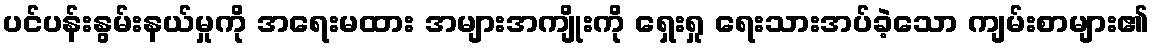
ပင်ပန်းနွမ်းနယ်မှုကို အရေးမထား အများအကျိုးကို ရှေးရှု ရေးသားအပ်ခဲ့သော ကျမ်းစာများ၏